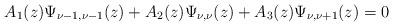
LaTeX: \begin{align*}A_1(z)\Psi_{\nu-1,\nu-1}(z)+A_2(z)\Psi_{\nu,\nu}(z)+A_3(z)\Psi_{\nu,\nu+1}(z)=0\end{align*}